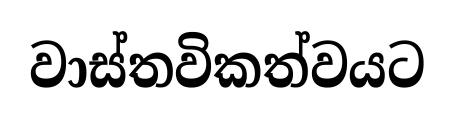
වාස්තවිකත්වයට